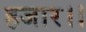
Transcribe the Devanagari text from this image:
हजार।।